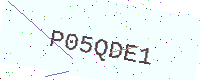
Text: P05QDE1